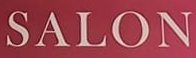
SALON